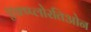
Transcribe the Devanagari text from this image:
एक्ष्प्लोरतिओन